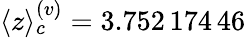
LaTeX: \langle z\rangle_{c}^{(v)}=3.752\, 174\, 46